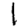
Digit: 1